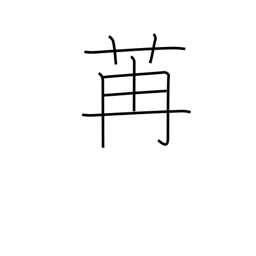
Meaning: luxuriant